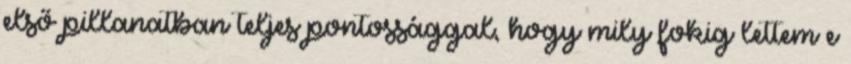
első pillanatban teljes pontossággal, hogy mily fokig lettem e